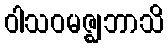
ဝါသဝမဇ္ဈဘာသိ